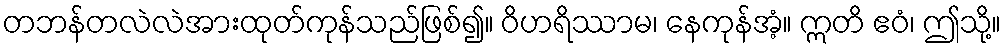
တဘန်တလဲလဲအားထုတ်ကုန်သည်ဖြစ်၍။ ဝိဟရိဿာမ၊ နေကုန်အံ့။ ဣတိ ဧဝံ၊ ဤသို့။